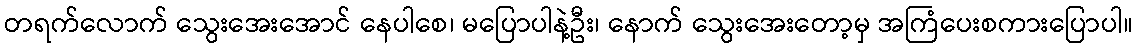
တရက်လောက် သွေးအေးအောင် နေပါစေ၊ မပြောပါနဲ့ဦး၊ နောက် သွေးအေးတော့မှ အကြံပေးစကားပြောပါ။